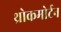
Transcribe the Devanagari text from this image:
थ्रोकमोर्टन